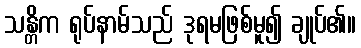
သန္တိက ရုပ်နာမ်သည် ဒုရမဖြစ်မူ၍ ချုပ်၏။